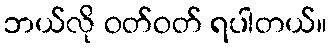
ဘယ်လို ဝတ်ဝတ် ရပါတယ်။